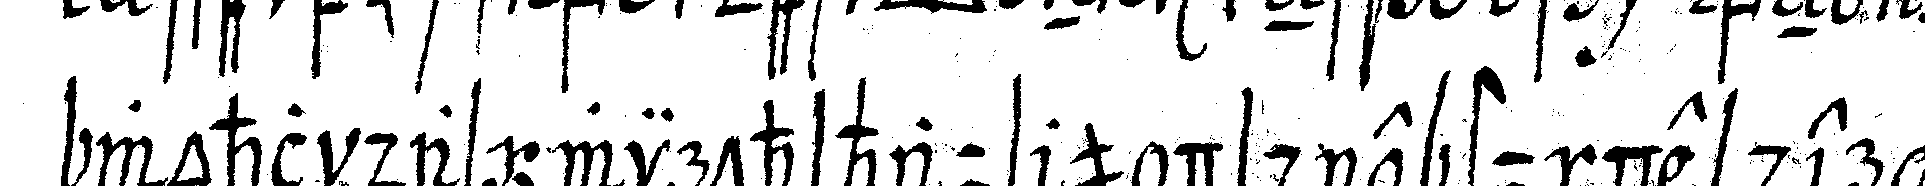
wohl das wirthshaus und die stunde der